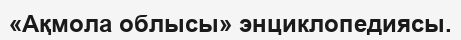
«Ақмола облысы» энциклопедиясы.